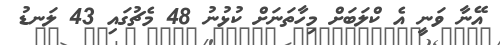
އޭނާ ވަނީ އެ ކްލަބަށް މިހާތަނަށް ކުޅުނު 48 މެޗުގައި 43 ލަނޑު